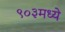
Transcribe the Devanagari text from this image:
९०३मध्ये